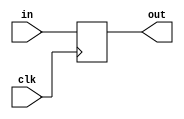
// Delay a vector 4, 1 clock cycle
module delayvector4_1tic (
    input clk,
    input [3:0] in,
    output reg [3:0] out
);

always @(posedge clk) begin
    out <= in;
end

endmodule